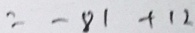
= - 8 1 + 1 2